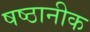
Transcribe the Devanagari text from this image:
षष्ठानीक